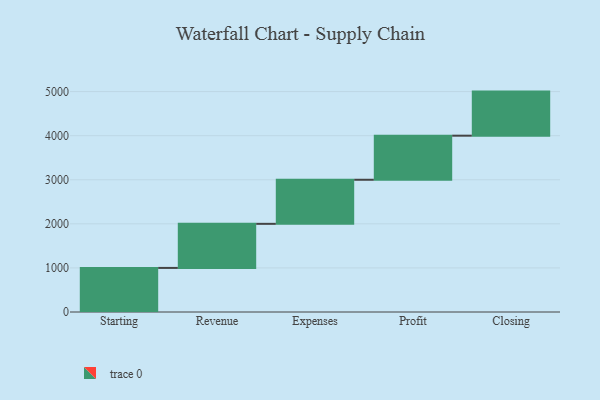
{"axis": {"x": "Step", "y": "Value"}, "legend": [""], "data": [{"x": "Starting", "y": 1000, "type": ""}, {"x": "Revenue", "y": 1000, "type": ""}, {"x": "Expenses", "y": 1000, "type": ""}, {"x": "Profit", "y": 1000, "type": ""}, {"x": "Closing", "y": 1000, "type": ""}]}